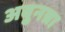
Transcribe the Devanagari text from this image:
अवुनन्ना